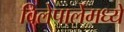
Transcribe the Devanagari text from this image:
विलेपार्लेमध्ये